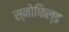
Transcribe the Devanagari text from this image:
स्‍नोफिल्‍ड